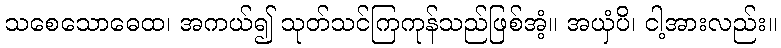
သစေသောဓေထ၊ အကယ်၍ သုတ်သင်ကြကုန်သည်ဖြစ်အံ့။ အယှံပိ၊ ငါ့အားလည်း။